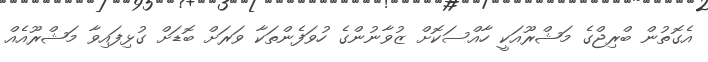
އެގޮތުން ބްރިޖްގެ މަޝްރޫއަކީ ހާއްސަކޮށް ޒުވާނުންގެ ހުވަފެންތަކާ ވަރަށް ބޮޑަށް ގުޅިފައިވާ މަޝްރޫއެއް